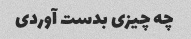
چه چیزی بدست آوردی